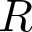
R